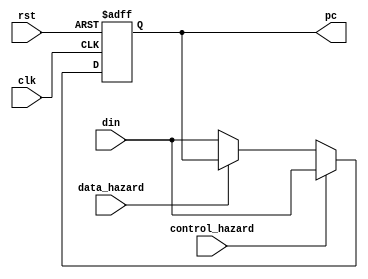
module pc(
  input wire rst,
  input wire clk,
  input wire[31:0] din,
  input wire data_hazard,
  input wire control_hazard,
  output reg[31:0] pc
);

always @(posedge clk or posedge rst) begin
  if(rst) begin
    `ifdef RUN_TRACE
      pc<=-4;
    `else
      pc<=0;
    `endif
  end
  else if(control_hazard) pc<=din;
  else if(data_hazard) pc<=pc;
  else pc <= din;
end

endmodule